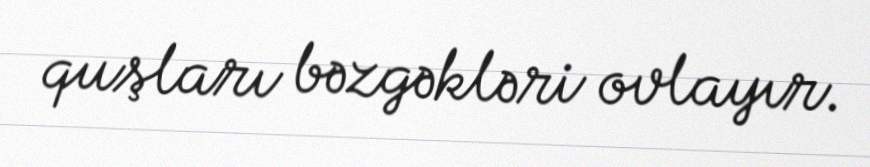
quşları bəzgəkləri ovlayır.